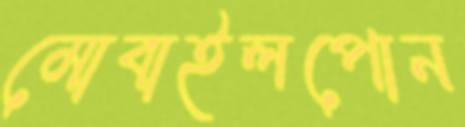
মোবাইলপোন